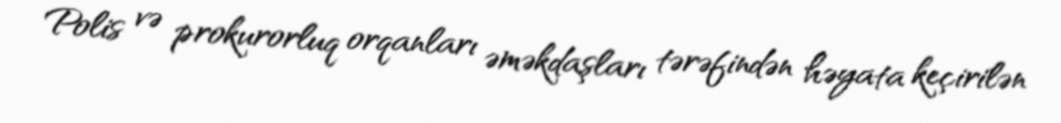
Polis və prokurorluq orqanları əməkdaşları tərəfindən həyata keçirilən